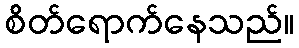
စိတ်ရောက်နေသည်။